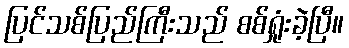
ပြင်သစ်ပြည်ကြီးသည် စစ်ရှုံးခဲ့ပြီ။